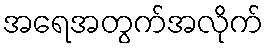
အရေအတွက်အလိုက်